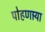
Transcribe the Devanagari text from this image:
पोहणार्‍या